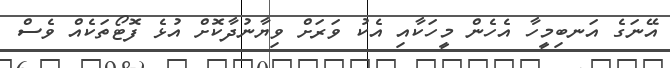
އޭނަގެ އަނބިމީހާ އެހެން މީހަކާއި އެކު ވަރަށް ވިޔާނުދާކޮށް އުޅެ ފޮޓޯތަކެއް ވެސް